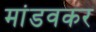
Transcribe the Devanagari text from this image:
मांडवकर